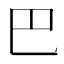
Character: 巴